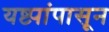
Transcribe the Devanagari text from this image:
यष्ट्यांपासून